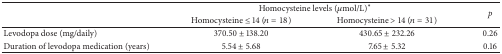
<table><thead><tr><td><b> </b></td><td colspan="2"><b>Homocysteine levels (<i>μ</i>mol/L)<sup><i>∗</i></sup></b></td><td rowspan="2"><b><i>p</i></b></td></tr><tr><td><b> </b></td><td><b>Homocysteine ≤ 14 (<i>n</i> = 18)</b></td><td><b>Homocysteine &gt; 14 (<i>n</i> = 31)</b></td></tr></thead><tbody><tr><td>Levodopa dose (mg/daily)</td><td>370.50 ± 138.20</td><td>430.65 ± 232.26</td><td>0.26</td></tr><tr><td>Duration of levodopa medication (years)</td><td>5.54 ± 5.68</td><td>7.65 ± 5.32</td><td>0.16</td></tr></tbody></table>